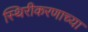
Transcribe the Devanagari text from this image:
स्थिरीकरणाच्या